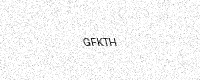
Text: GFKTH